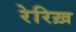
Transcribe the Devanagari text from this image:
रेरिख़